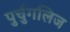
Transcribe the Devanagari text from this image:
पुर्चुगलिज